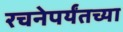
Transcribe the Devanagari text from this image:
रचनेपर्यंतच्या